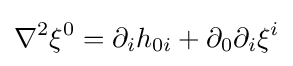
\nabla ^{2}\xi ^{0}=\partial _{i}h_{0i}+\partial _{0}\partial _{i}\xi ^{i}